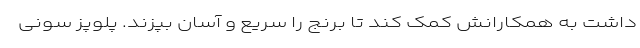
داشت به همکارانش کمک کند تا برنج را سریع و آسان بپزند. پلوپز سونی